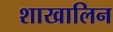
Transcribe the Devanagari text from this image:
शाखालिन